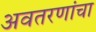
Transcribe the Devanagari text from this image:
अवतरणांचा